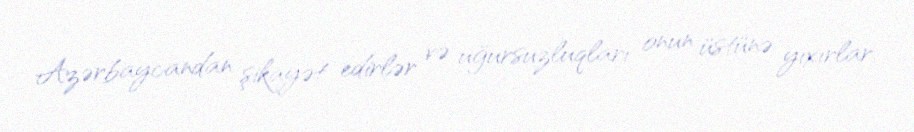
Azərbaycandan şikayət edirlər və uğursuzluqları onun üstünə yıxırlar.